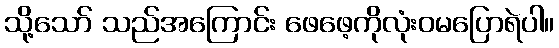
သို့သော် သည်အကြောင်း ဖေဖေ့ကိုလုံးဝမပြောရဲပါ။